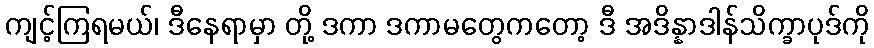
ကျင့်ကြရမယ်၊ ဒီနေရာမှာ တို့ ဒကာ ဒကာမတွေကတော့ ဒီ အဒိန္နာဒါန်သိက္ခာပုဒ်ကို